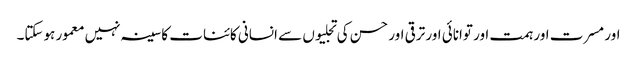
اور مسرت اور ہمت اور توانائی اور ترقی اور حسن کی تجلیوں سے انسانی کائنات کا سینہ نہیں معمور ہوسکتا۔